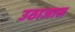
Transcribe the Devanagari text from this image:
उठाजास